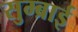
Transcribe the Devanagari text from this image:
सुम्ब्राई